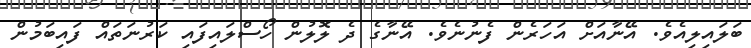
ބަލައިލިއެވެ. އޭނާއަށް އަހަރެން ފެނުނެވެ. އޭނާގެ ދެ ލޮލުން ހޯސްލައިފައި ކަރުނަތައް ފައިބަމުން